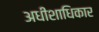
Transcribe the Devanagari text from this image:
अधीशाधिकार